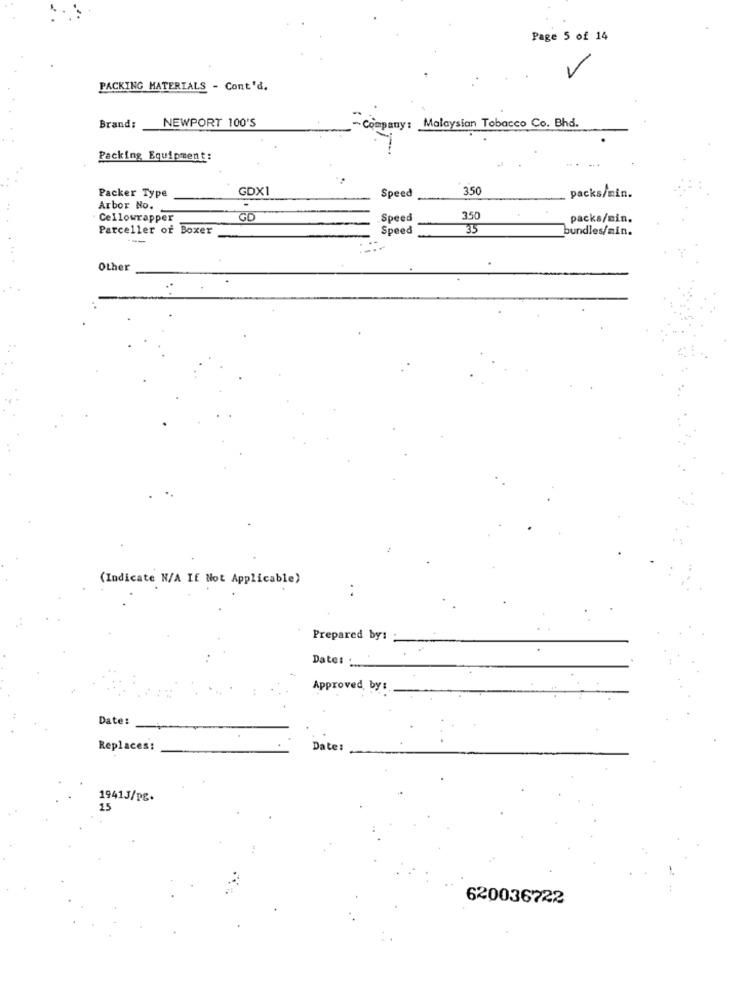
Page 5 of 14
7
PACKING MATERIALS - Cont'd.
NEWPORT 100'S
Brand:
- Company: Malaysian Tobacco Co. Bhd.
Packing Equipment:
GDX1
Speed
350
Packer Type
packs/min.
Arbor No.
. Cellowrapper
GD
Speed
350
packs/min.
Parceller of Boxer
Speed
35
bundles/min.
---
Other
(Indicate N/A If Not Applicable)
..
Prepared by:
Date: :
Approved by :
Date:
Replaces:
Date:
1941J/pg.
15
620036722